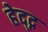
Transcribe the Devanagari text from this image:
हेद्द्न